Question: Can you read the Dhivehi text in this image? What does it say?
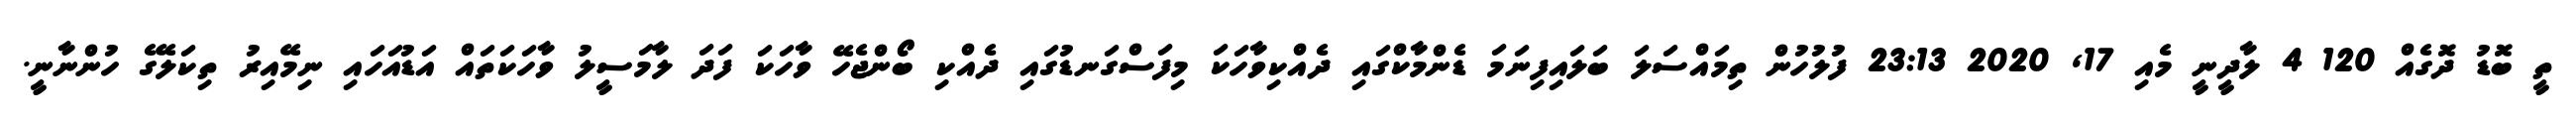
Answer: ތީ ބޮޑު ދޮގެއް 120 4 ލާދީނީ މެއި 17, 2020 23:13 ފުލުހުން ތިމައްސަލަ ބަލައިފިނަމަ ޑެންމާކްގައި ދެއްކިވާހަކަ މިފަސްގަނޑުގައި ދެއްކި ބޯންޖެހޭ ވާހަކަ ފަދަ ލާމަސީލު ވާހަކަތައް އަޑުއަހައި ނިމޭއިރު ތިކަލޭގެ ހުންނާނީ.